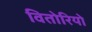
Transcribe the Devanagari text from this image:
वितोरियो